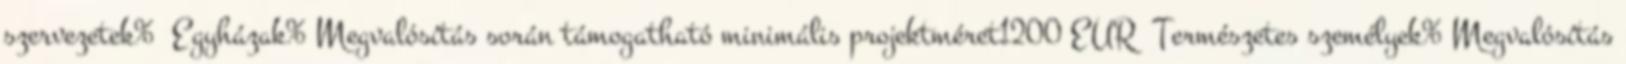
szervezetek% ▪Egyházak%▪Megvalósítás során támogatható minimális projektméret1200 EUR ▪Természetes személyek%▪Megvalósítás